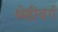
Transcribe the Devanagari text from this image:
श्रेष्ठीवर्ग